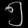
Digit: ၅